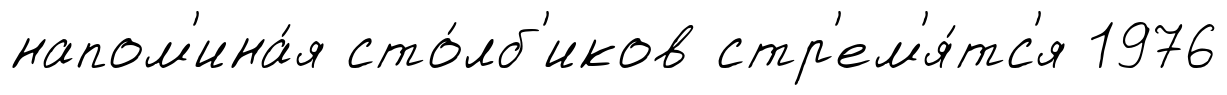
напом'ина́я сто́лб'иков стр'ем'я́тс'я 1976